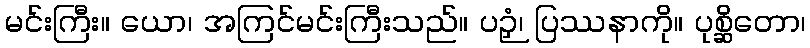
မင်းကြီး။ ယော၊ အကြင်မင်းကြီးသည်။ ပဉှံ၊ ပြဿနာကို။ ပုစ္ဆိတော၊